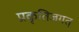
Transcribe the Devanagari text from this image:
प्रकृतिजगत्‌